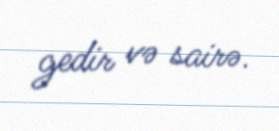
gedir və sairə.